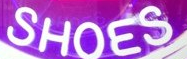
SHOES